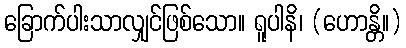
ခြောက်ပါးသာလျှင်ဖြစ်သော။ ရူပါနိ၊ (ဟောန္တိ။)